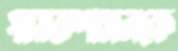
স্বায়ত্তশাসনকে